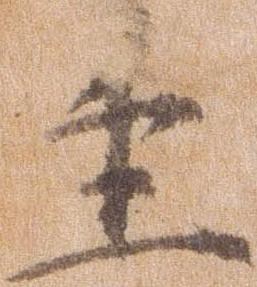
主